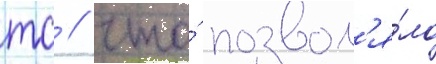
тс / что́ позвол'я́ло